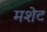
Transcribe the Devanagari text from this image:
मशेट